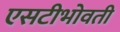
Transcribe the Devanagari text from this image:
एसटीभोवती